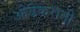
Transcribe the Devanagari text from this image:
ओढेकरानी